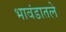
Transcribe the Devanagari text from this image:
भावंडातले